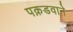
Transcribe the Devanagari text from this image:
पक़डवाने